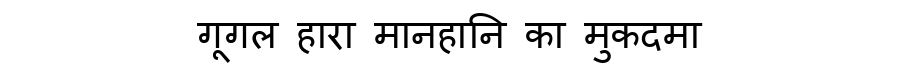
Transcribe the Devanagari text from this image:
गूगल हारा मानहानि का मुकदमा